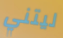
ليتني